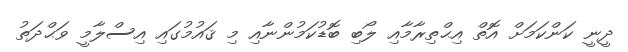
ދީނީ ކަންކަމަށް އޮތް އިޙްތިރާމާއި ލޯބި ބޮޑުކަމުންނާއި މި ޤައުމުގައި އިސްލާމީ ވަޙްދަތު